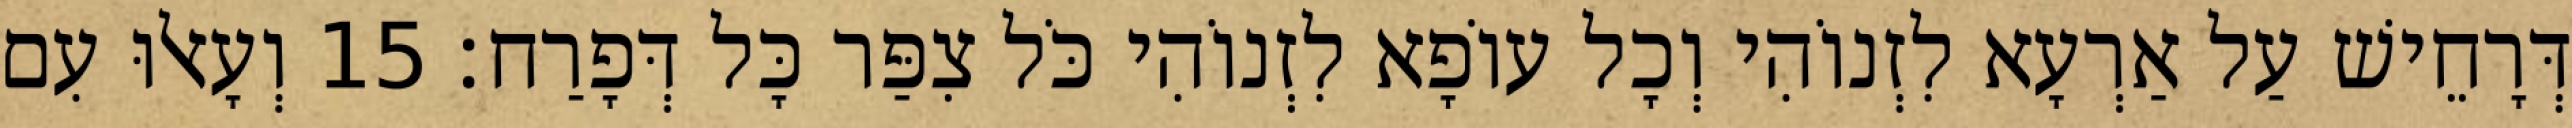
דְּרָחֵישׁ עַל אַרְעָא לִזְנוֹהִי וְכָל עוֹפָא לִזְנוֹהִי כֹּל צִפַּר כָּל דְּפָרַח׃ 15 וְעָאלוּ עִם